Report of the Indian Hemp Drugs Commission, 1894-1895 - Volume VIII
Year: 1894
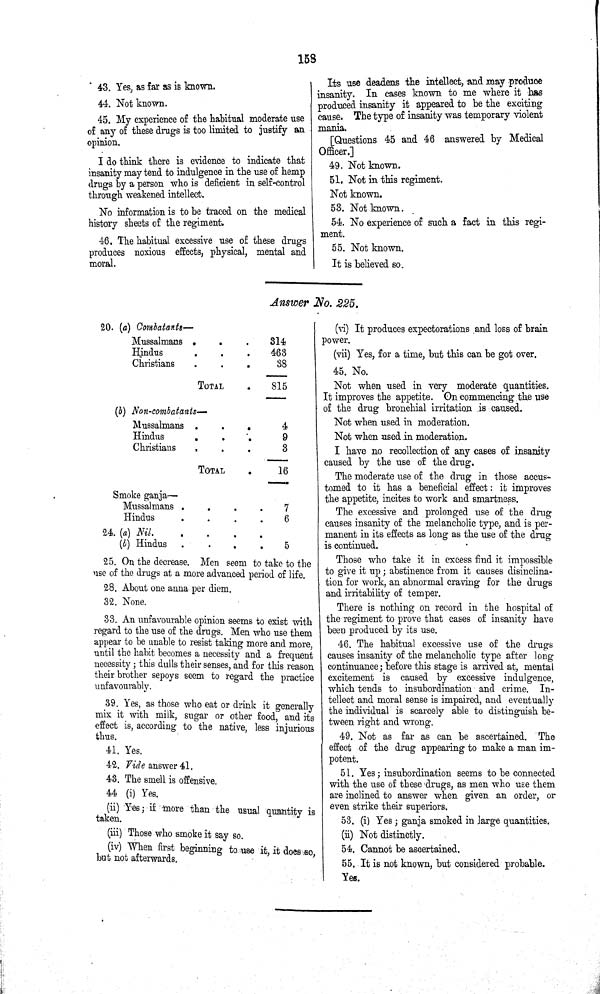
158
43. Yes, as far as is known.
44. Not known.
45. My experience of the habitual moderate use
of any of these drugs is too limited to justify an
opinion.
I do think there is evidence to indicate that
insanity may tend to indulgence in the use of hemp
drugs by a person who is deficient in self-control
through weakened intellect.
No information is to be traced on the medical
history sheets of the regiment.
46. The habitual excessive use of these drugs
produces noxious effects, physical, mental and
moral.
Its use deadens the intellect, and may produce
insanity. In cases known to me where it has
produced insanity it appeared to be the exciting
cause. The type of insanity was temporary violent
mania.
[Questions 45 and 46 answered by Medical
Officer.]
49. Not known.
51. Not in this regiment.
Not known.
53. Not known.
54. No experience of such a fact in this regi¬
ment.
55. Not known.
It is believed so.
Answer No. 225.
20. (a) Combatants—
Mussalmans " "
314
Hindus " "
463
Christians " "
38
TOTAL
815
(b) Non-combatants—
Mussalmans " "
4
Hindus " "
9
Christians " "
3
TOTAL
16
Smoke ganja—
Mussalmans " " " "
7
Hindus " " " "
6
24. (a) Nil.
(b) Hindus
5
25. On the decrease. Men seem to take to the
use of the drugs at a more advanced period of life.
28. About one anna per diem.
32. None.
33. An unfavourable opinion seems to exist with
regard to the use of the drugs. Men who use them
appear to be unable to resist taking more and more,
until the habit becomes a necessity and a frequent
necessity; this dulls their senses, and for this reason
their brother sepoys seem to regard the practice
unfavourably.
39. Yes, as those who eat or drink it generally
mix it with milk, sugar or other food, and its
effect is, according to the native, less injurious
thus.
41. Yes.
42. Vide answer 41.
43. The smell is offensive.
44 (i) Yes.
(ii) Yes; if more than the usual quantity is
taken.
(iii) Those who smoke it say so.
(iv) When first beginning to use it, it does so,
but not afterwards.
(vi) It produces expectorations and loss of brain
power.
(vii) Yes, for a time, but this can be got over.
45. No.
Not when used in very moderate quantities.
It improves the appetite. On commencing the use
of the drug bronchial irritation is caused.
Not when used in moderation.
Not when used in moderation.
I have no recollection of any cases of insanity
caused by the use of the drug.
The moderate use of the drug in those accus¬
tomed to it has a beneficial effect: it improves
the appetite, incites to work and smartness.
The excessive and prolonged use of the drug
causes insanity of the melancholic type, and is per¬
manent in its effects as long as the use of the drug
is continued.
Those who take it in excess find it impossible
to give it up; abstinence from it causes disinclina¬
tion for work, an abnormal craving for the drugs
and irritability of temper.
There is nothing on record in the hospital of
the regiment to prove that cases of insanity have
been produced by its use.
46. The habitual excessive use of the drugs
causes insanity of the melancholic type after long
continuance; before this stage is arrived at, mental
excitement is caused by excessive indulgence,
which tends to insubordination and crime. In¬
tellect and moral sense is impaired, and eventually
the individual is scarcely able to distinguish be¬
tween right and wrong.
49. Not as far as can be ascertained. The
effect of the drug appearing to make a man im¬
potent.
51. Yes; insubordination seems to be connected
with the use of these drugs, as men who use them
are inclined to answer when given an order, or
even strike their superiors.
53. (i) Yes; ganja smoked in large quantities.
(ii) Not distinctly.
54. Cannot be ascertained.
55. It is not known, but considered probable.
Yes.